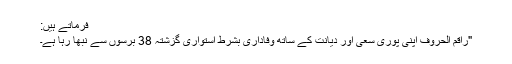
فرماتے ہیں:
"راقم الحروف اپنی پوری سعی اور دیانت کے ساتھ وفاداری بشرط استواری گزشتہ 38 برسوں سے نبھا رہا ہے۔